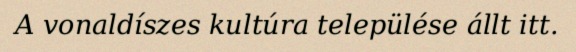
A vonaldíszes kultúra települése állt itt.